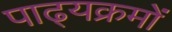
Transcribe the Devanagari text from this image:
पाढ्यक्रमों